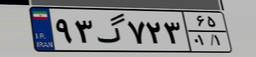
۹۳گ۷۲۳۶۵